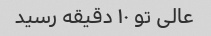
عالی تو ۱۰ دقیقه رسید